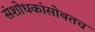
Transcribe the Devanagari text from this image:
संशोधकांसोबतच